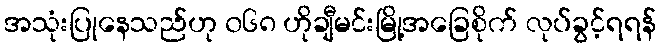
အသုံးပြုနေသည်ဟု ၀၆၈ ဟိုချီမင်းမြို့အခြေစိုက် လုပ်ခွင့်ရရန်